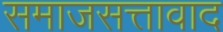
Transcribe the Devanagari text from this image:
समाजसत्तावाद